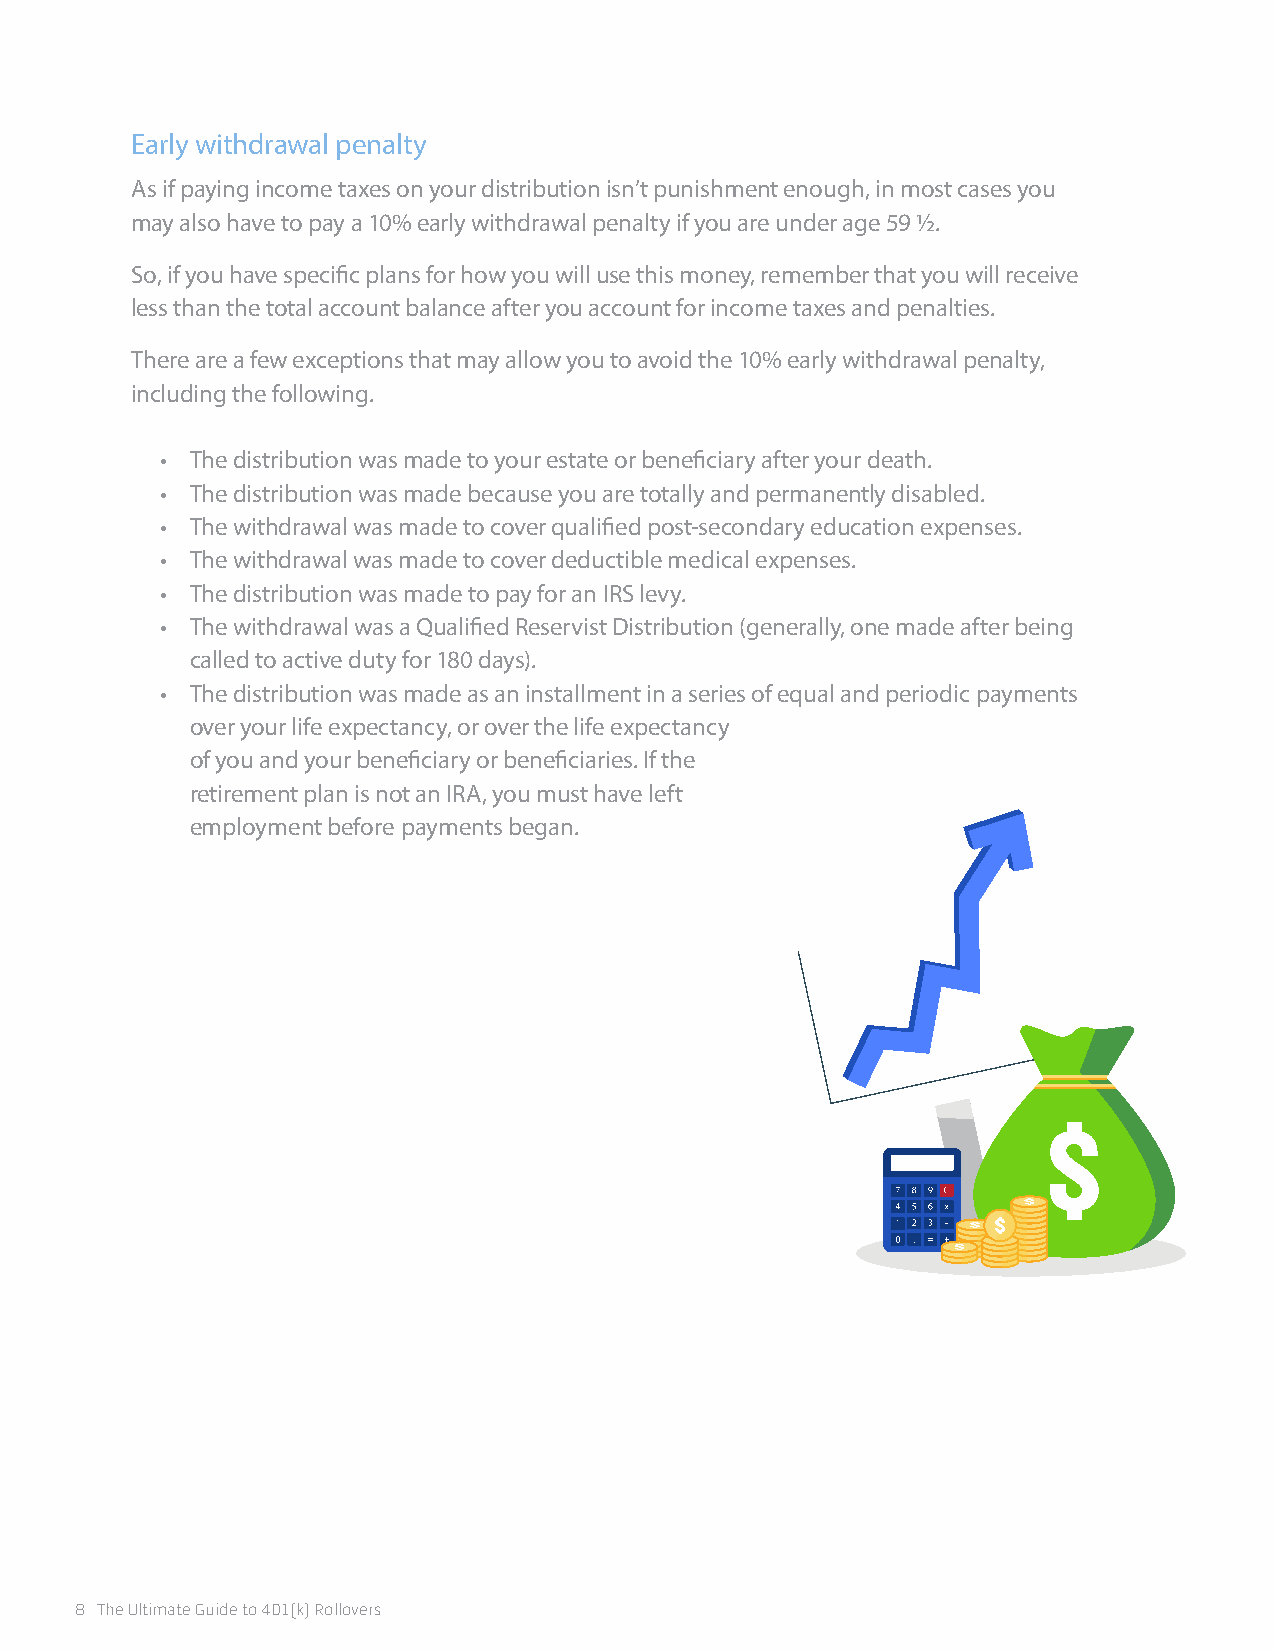
Early withdrawal penalty
 As if paying income taxes on your distribution isn’t punishment enough, in most cases you
 may also have to pay a 10% early withdrawal penalty if you are under age 59 ½.
 So, if you have specific plans for how you will use this money, remember that you will receive
 less than the total account balance after you account for income taxes and penalties.
 There are a few exceptions that may allow you to avoid the 10% early withdrawal penalty,
 including the following.
 • The distribution was made to your estate or beneficiary after your death.
 • The distribution was made because you are totally and permanently disabled.
 • The withdrawal was made to cover qualified post-secondary education expenses.
 • The withdrawal was made to cover deductible medical expenses.
 • The distribution was made to pay for an IRS levy.
 • The withdrawal was a Qualified Reservist Distribution (generally, one made after being
 called to active duty for 180 days).
 • The distribution was made as an installment in a series of equal and periodic payments
 over your life expectancy, or over the life expectancy
 of you and your beneficiary or beneficiaries. If the
 retirement plan is not an IRA, you must have left
 employment before payments began.
 8 The Ultimate Guide to 401(k) Rollovers